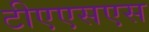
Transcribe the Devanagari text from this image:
टीएएसएस